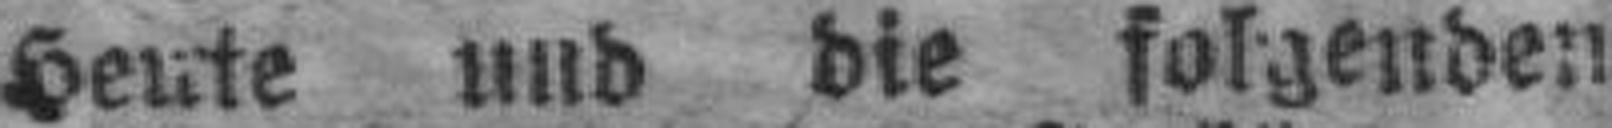
Heute und die folgenden